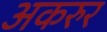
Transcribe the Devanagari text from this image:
अकरुर